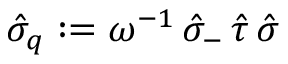
\hat { \sigma } _ { q } : = \omega ^ { - 1 } \, \hat { \sigma } _ { - } \, \hat { \tau } \, \hat { \sigma }